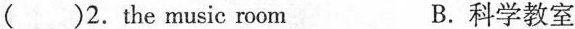
( )2.The music room B.科学教室